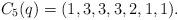
LaTeX: \begin{gather*}C_5(q)=(1,3,3,3,2,1,1).\end{gather*}